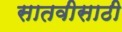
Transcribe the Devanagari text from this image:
सातवीसाठी